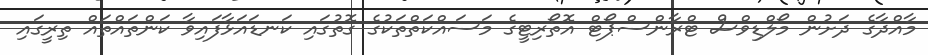
މާއްދާގެ ދަށުން މޯލްޑިވްސް ޓްރާންސްޕޯޓް އޮތޯރިޓީގެ މަސައްކަތްތަކުގެ ގޮތުގައި ކަނޑައަޅާފައިވާ ކަންތައްތައް ތިރީގައި